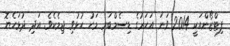
ފިޓްޒޯންއަކީ 2014 ވަނަ އަހަރުގެ ޑިސެމްބަރ މަހު ހުޅުވި ޖިމެކެވެ. އަދި ދުޅަހެޔޮ